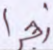
زجرا